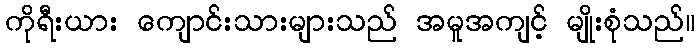
ကိုရီးယား ကျောင်းသားများသည် အမူအကျင့် မျိုးစုံသည်။